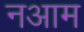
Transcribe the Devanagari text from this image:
नआम